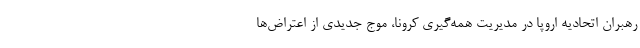
رهبران اتحادیه اروپا در مدیریت همه‌گیری کرونا، موج جدیدی از اعتراض‌ها